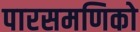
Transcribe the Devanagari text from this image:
पारसमणिको